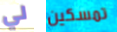
لي تمسكين